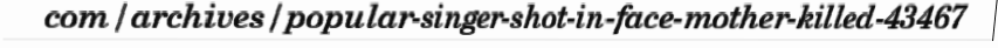
com/archives/popular-singer-shot-in-face-mother-killed-43467